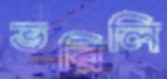
ভরিলি